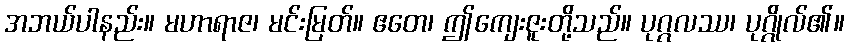
အဘယ်ပါနည်း။ မဟာရာဇ၊ မင်းမြတ်။ ဧတေ၊ ဤကျေးဇူးတို့သည်။ ပုဂ္ဂလဿ၊ ပုဂ္ဂိုလ်၏။